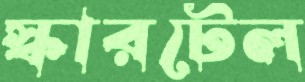
স্কারটেল